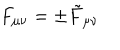
F _ { \mu \nu } = \pm \tilde { F } _ { \mu \nu }